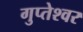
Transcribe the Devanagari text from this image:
गुप्‍तेश्‍वर